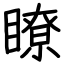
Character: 瞭